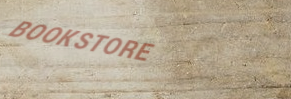
BOOKSTORE